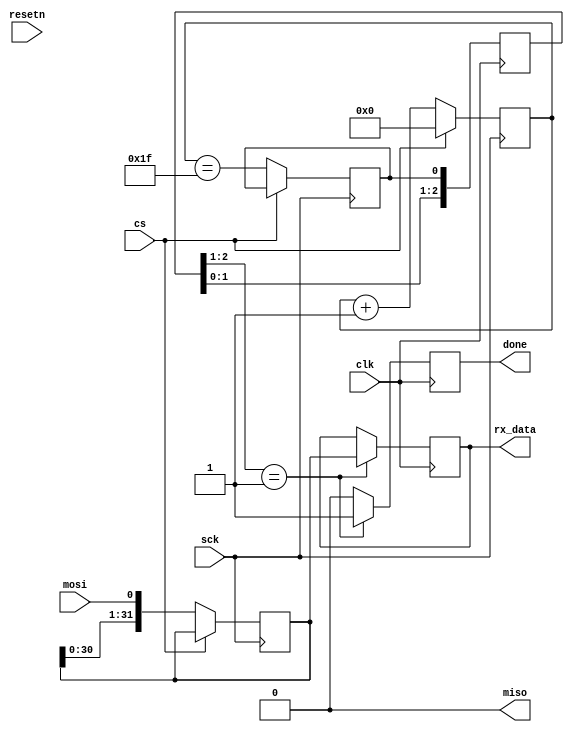
/*
 *  FpgaNeoPixel - A spi to ws2812 machine
 *
 *  Copyright (C) 2020  Hirosh Dabui <hirosh@dabui.de>
 *
 *  Permission to use, copy, modify, and/or distribute this software for any
 *  purpose with or without fee is hereby granted, provided that the above
 *  copyright notice and this permission notice appear in all copies.
 *
 *  THE SOFTWARE IS PROVIDED "AS IS" AND THE AUTHOR DISCLAIMS ALL WARRANTIES
 *  WITH REGARD TO THIS SOFTWARE INCLUDING ALL IMPLIED WARRANTIES OF
 *  MERCHANTABILITY AND FITNESS. IN NO EVENT SHALL THE AUTHOR BE LIABLE FOR
 *  ANY SPECIAL, DIRECT, INDIRECT, OR CONSEQUENTIAL DAMAGES OR ANY DAMAGES
 *  WHATSOEVER RESULTING FROM LOSS OF USE, DATA OR PROFITS, WHETHER IN AN
 *  ACTION OF CONTRACT, NEGLIGENCE OR OTHER TORTIOUS ACTION, ARISING OUT OF
 *  OR IN CONNECTION WITH THE USE OR PERFORMANCE OF THIS SOFTWARE.
 *
 */
module spi_slave(resetn, clk, sck, mosi, miso, cs, done, rx_data);
input clk;
input resetn;

input cs;
input sck;
input mosi;
output miso;
output reg done = 0;
output reg[31:0]  rx_data = 0;

reg [4:0] bit_counter = 0;
reg [2:0] rx_done_ccd = 0;
reg [31:0] r_rx = 0;
reg rx_done = 0;

assign miso = 0;

always @(posedge clk) rx_done_ccd <= {rx_done_ccd[1:0], rx_done};

always @(posedge clk)
begin
  if (rx_done_ccd[2:1] == 2'b01) begin
    done <= 1;
    rx_data <= r_rx;
  end else
    done <= 0;
end

always @(posedge sck)
begin
  if (cs) begin
    bit_counter <= 0;
  end else begin
    r_rx <= {r_rx[30:0], mosi};
    bit_counter <= bit_counter + 1;
    rx_done <= (bit_counter == 31);
  end
end
endmodule